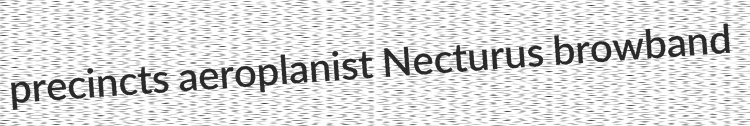
precincts aeroplanist Necturus browband